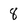
Character: 8